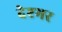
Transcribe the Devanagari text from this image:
देश्भर